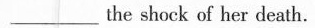
___ the shock of her death.